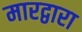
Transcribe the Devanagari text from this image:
मारद्वारा